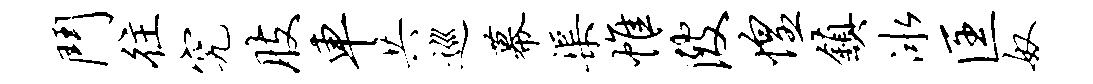
斗往究肢车共巡幕渠帷陂惶镇冰匡奴